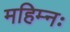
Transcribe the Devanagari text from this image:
महिम्नः